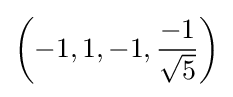
\left(-1,1,-1,{\frac {-1}{\sqrt {5}}}\right)